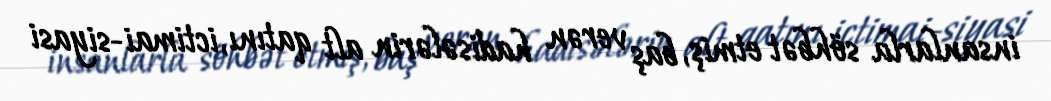
insanlarla söhbət etmiş, baş verən hadisələrin alt qatını, ictimai-siyasi